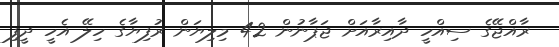
ރާއްޖޭގެ ސިއްހީ ދާއިރާއަށް ޖަޕާނުން 42 މިލިޔަން ރުފިޔާގެ ހިލޭ އެހީ ދީފި